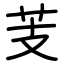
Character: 芰